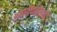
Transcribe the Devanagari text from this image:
आषाढीवारीसाठी